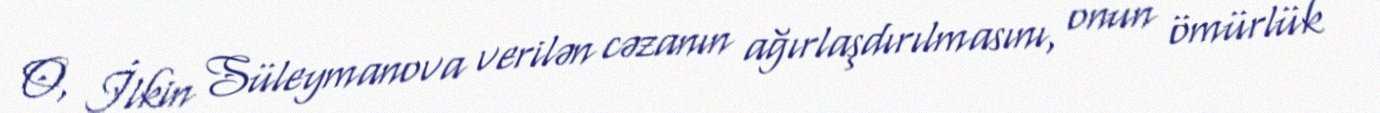
O, İlkin Süleymanova verilən cəzanın ağırlaşdırılmasını, onun ömürlük